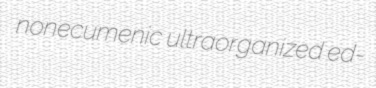
nonecumenic ultraorganized ed-